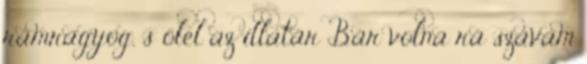
rámragyog, s ölel az illatár Bár volna rá szavam